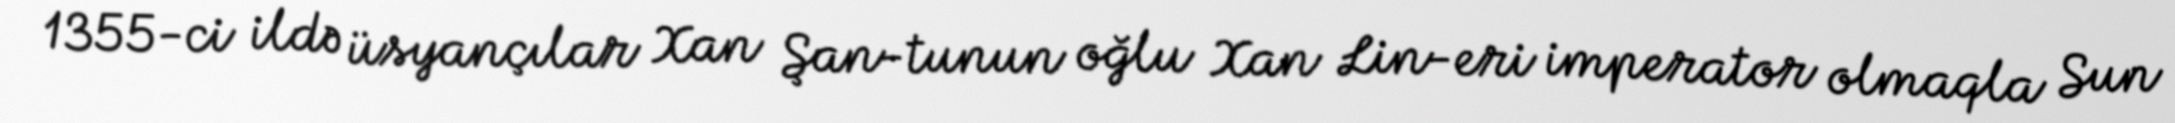
1355-ci ildə üsyançılar Xan Şan-tunun oğlu Xan Lin-eri imperator olmaqla Sun